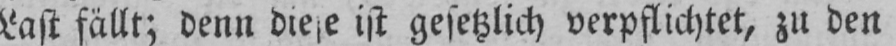
Last fällt; denn diese ist gesetzlich verpflichtet, zu den